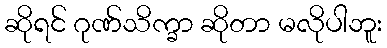
ဆိုရင် ဂုဏ်သိက္ခာ ဆိုတာ မလိုပါဘူး